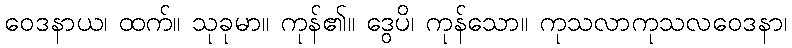
ဝေဒနာယ၊ ထက်။ သုခုမာ။ ကုန်၏။ ဒွေပိ၊ ကုန်သော။ ကုသလာကုသလဝေဒနာ၊